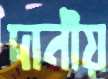
দানীয়